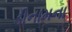
ડીનામના